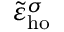
\tilde { \varepsilon } _ { \mathrm { h o } } ^ { \sigma }